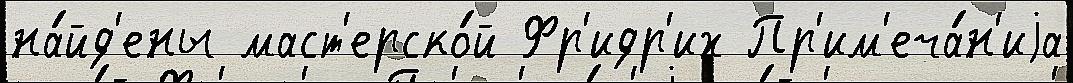
на́йд'ены маст'ерско́й Фр'идр'их Пр'им'еча́н'иjа